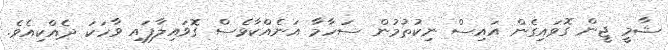
ޝާމީ ޖީން ގޮވައިގެން އައިސް ނިކުތުމުން ސަހާމާ އަނެއްކާވެސް ގޮވައިލާފައި ވާހަކަ ދެއްކިއެވެ.